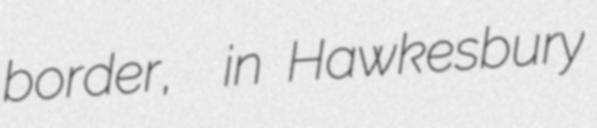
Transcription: border,  in Hawkesbury